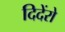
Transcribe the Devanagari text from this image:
दिदेंरो